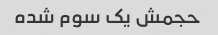
حجمش یک سوم شده